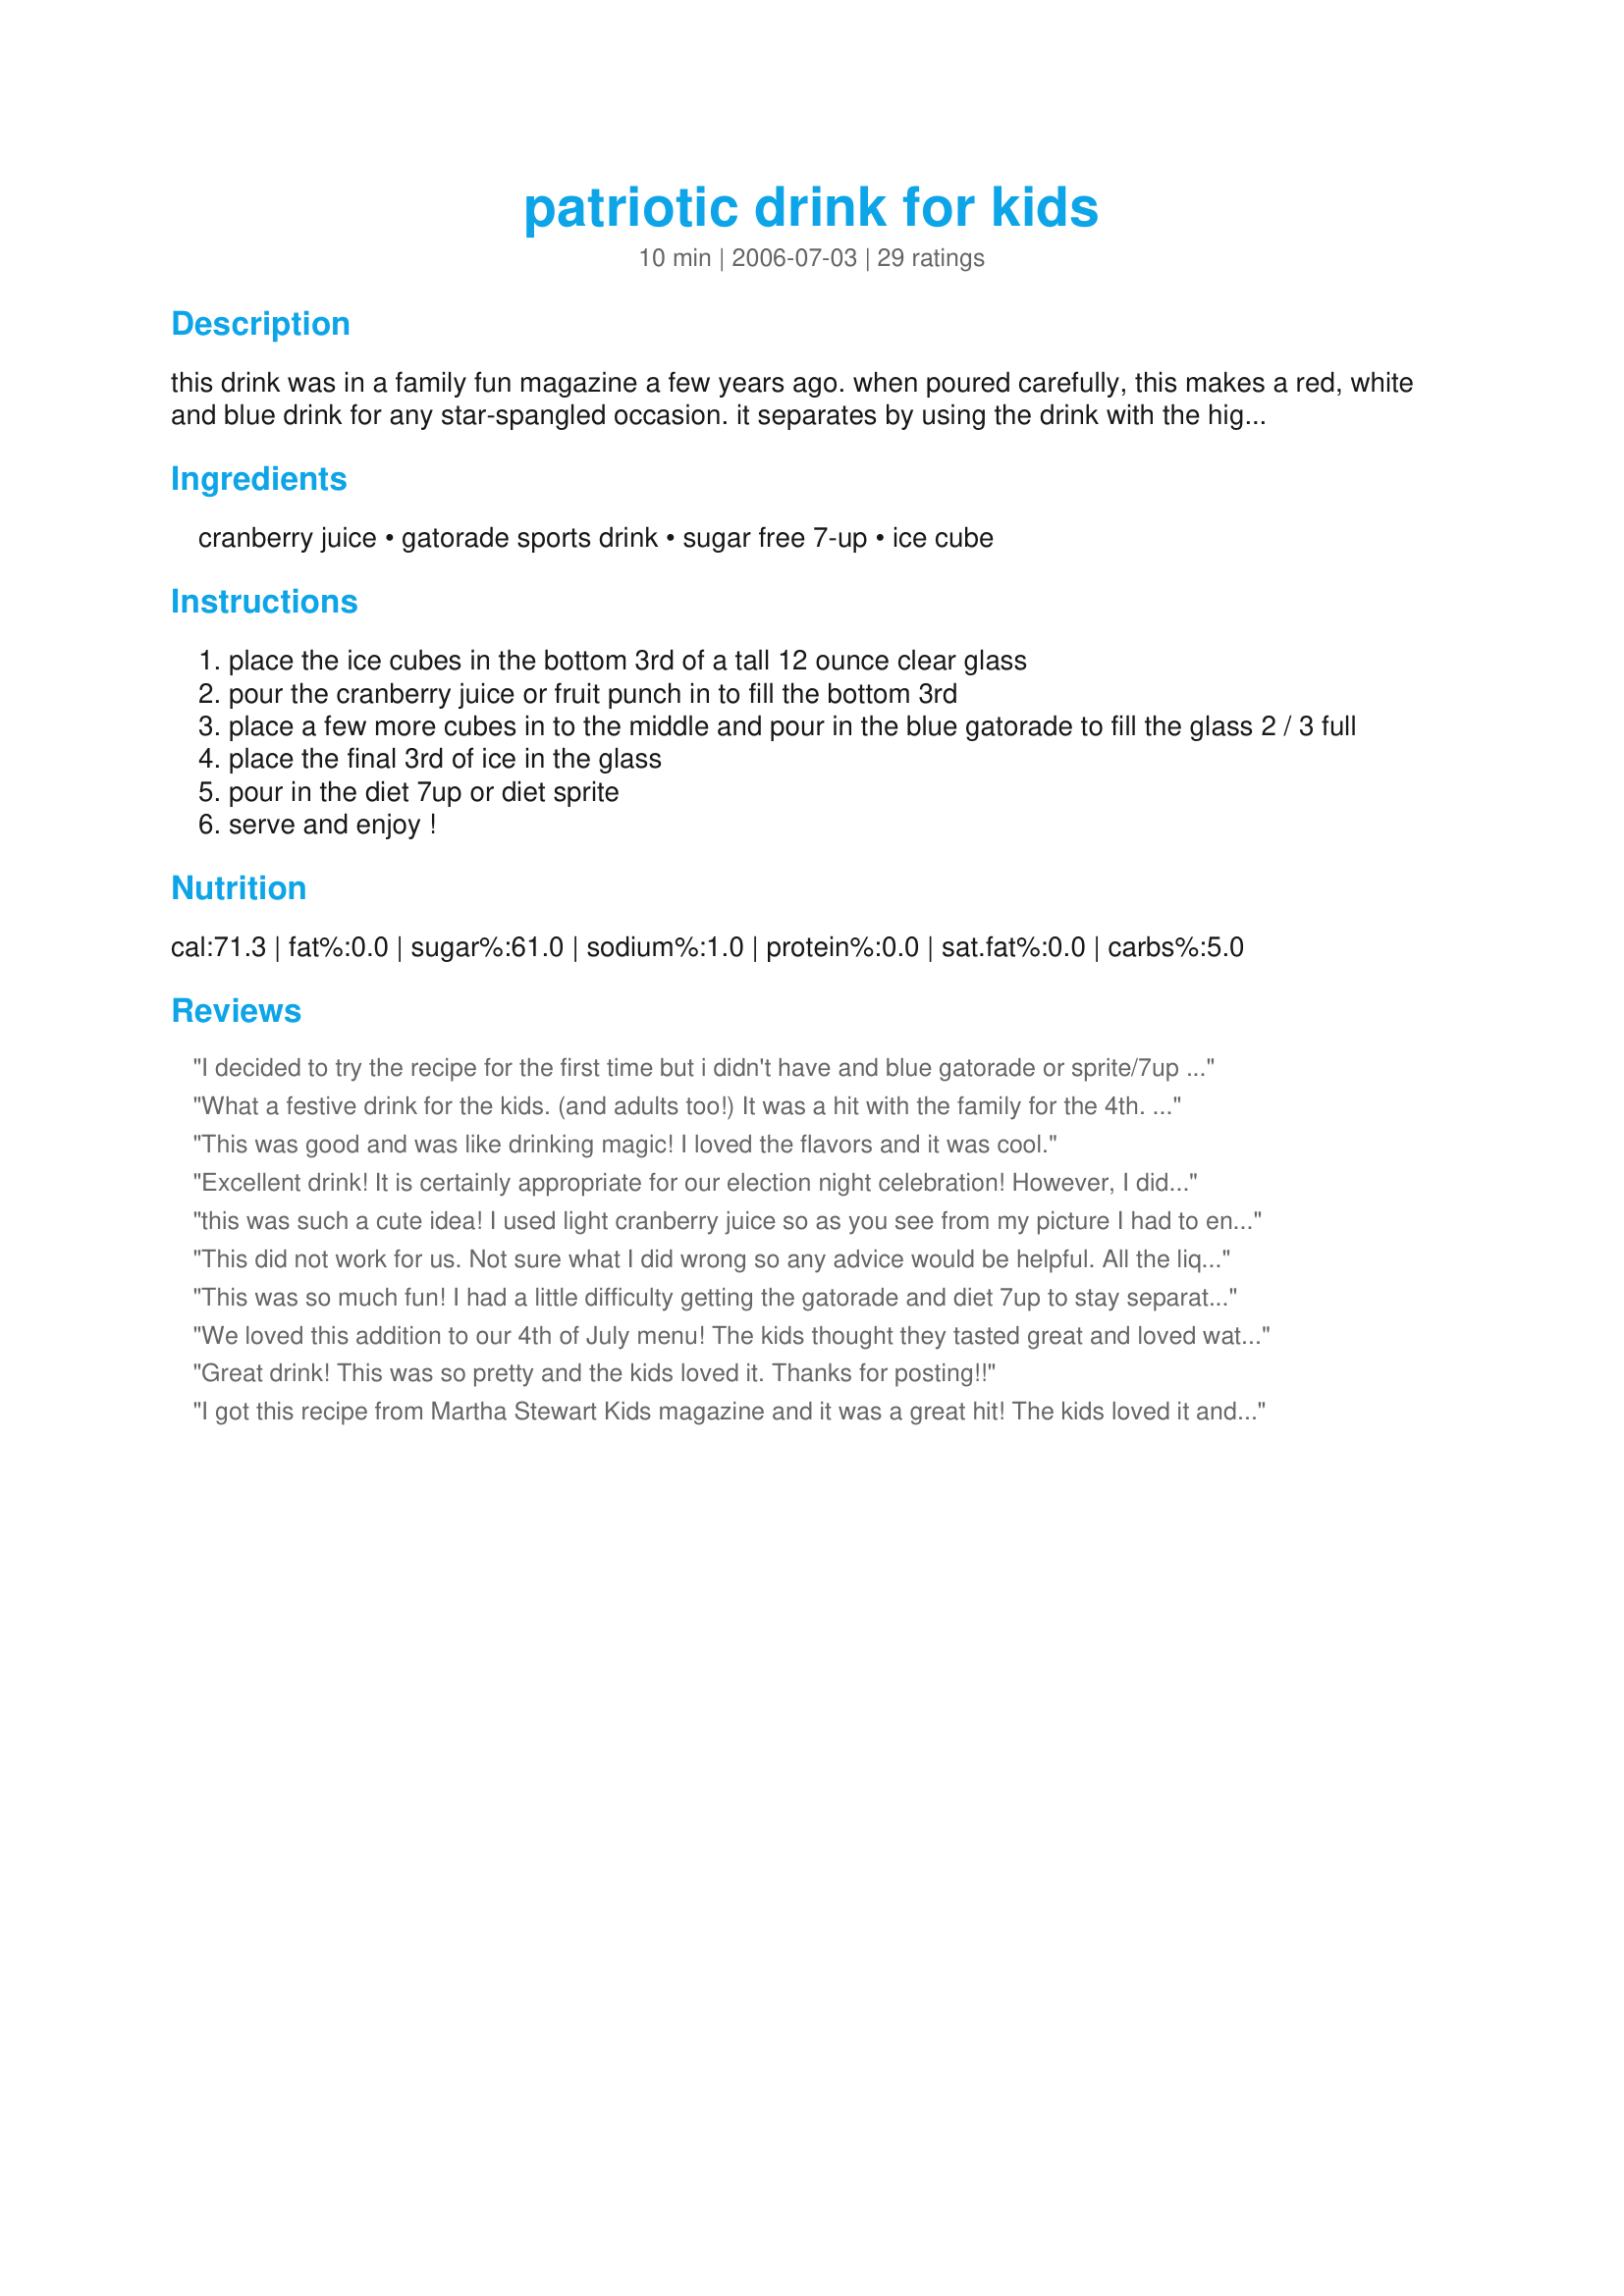
patriotic drink for kids
Preparation time: 10 minutes

this drink was in a family fun magazine a few years ago. when poured carefully, this makes a red, white and blue drink for any star-spangled occasion. it separates by using the drink with the highest sugar content on the bottom, and the least on top.

Ingredients:
cranberry juice, gatorade sports drink, sugar free 7-up, ice cube

Steps:
place the ice cubes in the bottom 3rd of a tall 12 ounce clear glass
pour the cranberry juice or fruit punch in to fill the bottom 3rd
place a few more cubes in to the middle and pour in the blue gatorade to fill the glass 2 / 3 full
place the final 3rd of ice in the glass
pour in the diet 7up or diet sprite
serve and enjoy !

Reviews:
I decided to try the recipe for the first time but i didn't have and blue gatorade or sprite/7up and on top of that, its thanx giving so nothings open near my house! So instead of the Gatorade i tried Cranberry/Grape juice (I had no other juice)and instead of the sprite i tried a bit of club soda. It didn't look like the picture but it tasted good and then i added a few drops of lime juice. Next time I buy some gatorade and sprite I will definitly try it!
What a festive drink for the kids. (and adults too!) It was a hit with the family for the 4th. I will always make this and will try to see how I can change it up for other holidays as well. Thanks Pam I Am!!
This was good and was like drinking magic! I loved the flavors and it was cool.
Excellent drink! It is certainly appropriate for our election night celebration! However, I did not use sugar free soda and it turned out fine. I did have to switch the gatorade and soda around due to sugar content.
this was such a cute idea! I used light cranberry juice so as you see from my picture I had to end up changing the order of the colors, but it still looked great! it even tasted better than I thought it would! and the color held up for a loooong time. I will use this every patriotic holiday. thanks!
This did not work for us. Not sure what I did wrong so any advice would be helpful. All the liquids blended together. Please let me know so I can try again.
This was so much fun! I had a little difficulty getting the gatorade and diet 7up to stay separate- but it was great. My kids loved it and my husband asked for seconds! :)
We loved this addition to our 4th of July menu! The kids thought they tasted great and loved watching me make them over and over. What a fun recipe.
Great drink! This was so pretty and the kids loved it. Thanks for posting!!
I got this recipe from Martha Stewart Kids magazine and it was a great hit! The kids loved it and it looked really pretty.
It's so cute! I made this for some friends and they loved it! Thanks!
Looks fantastic! I can't wait to try it!
The kids enjoyed the presentation of this drink but did not much care for actually drinking it. It did make for a good lesson in science as I explained why the different ingredients remained separated. Thanks for posting.
I couldn't believe I did this right and that it went into three different layers. Looked real cute and tasted good too. 

Thanks Pam-I-Am

Bullwinkle
It consists of a sports drink so kids do not recommend drinking it
What fun!!! My kids thought this was great. Unfortunately, I only had regular 7-up. Since the sugar content was between the cranberry juice and Gatorade, I tried put the white layer in the middle. Apparently, the 7-Up sugar content was too close to the Gatorade's as they didn't stay separated very well. They still tasted great even without them looking quite right. I'll try it again sometime with the right ingredients. ;)
7up soda mix with cranberry juice . taste very good I am going to make ices . with this drink .
Congratulation ! Your tasty drink was featured on our homepage yesterday as the "Recipe of the Day" ! (7/5/11)
The smile it brought to the kids faces when they saw this drink was priceless! Thanks
I wanted to leave a comment only, since I made a variation of this drink today while watching the Super Bowl Playoffs (The Patriots won..the drink was in their honor). I didn't have cranberry juice in the house, so I subbed pomegranate juice instead. While this still was a tasty drink this way, the pomegranate juice didn't allow quite as lovely a layered effect as in the photo. Thanks for sharing :)
What a fun drink! It was very impressive when finished and it tasted like fruity-pop. Make sure you use lots of ice! I'll have to try this for other fun holidays as well. Thanks for posting this!
I kept telling my girls that I had a big surprise for them on 4th of July.
I hid the ingredients and brought them out right before dinner. They all thought it was the coolest thing in the world!
My suggestion to others is to follow the directions and don't skimp on the ice. Add more after each layer and your drinks will separate out perfectly every time!
Thanks Pam-I-Am for making me look amazing to my teenage daughters!
KCShell
These were a hit at our 4th of July Party!! I used star shaped ice cubes which made them even cuter! Sprite Zero worked fine for the top! Thanks Pam for a great photo and especially for the many smiles that it brought to the little faces!!!
awesome i made them and i cant stop
My kids had so much fun making these for the Fourth of July! They tasted really good, too. We used fruit punch and Cool Blue Gatorade.
My little boy said "I love this drink"! That's good enough for me! I love the way it looks. thank you for posting Pam-I-Am!!!
Loved the science and look of this drink but kids nor myself cared for the taste. Used a spoon to drizzle the blue in-basically to help the liquid "float" Use ingredients as stated because the weight of each ingredients is what keeps it from mixing. Thanks so much for posting.
I "high-tailed" it to the store to buy the ingred. after seeing Marg's gorgeous photo! I bought a "Frosty Blue Gatorade" that was really pale, so I added a few drops of blue food coloring and it was just the right shade. This is the kind of recipe that inspires my kids (who don't like to cook much). Thanks so much, Pam, for posting your FUN recipe.

Roxygirl
We loved this drink! Even the adults! It really tasted like cranberry juice & 7up, which we mix & drink all the time. I was worried about the Gatorade, but it didn't have a negative effect on the flavor. My photo isn't quite as beautiful as NCMS', so I'll post it in the photo forum instead. But I wanted to warn everyone that I accidentally bought regular 7up & that's why it started to sink & mix with the Gatorade. Also, there are two kinds of blue Gatorade at my grocery store. One that has a name like "Frosty Blue", "Ice Blue" or something like that & then the original dark blue with no specific name. I used the dark blue. Thanks for posting Pam! I can't wait til next year to make it again!
